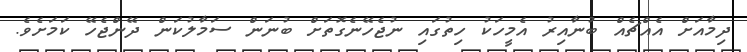
ދިމާއަށް އެއްޗެއް ބުނާއިރު އެމީހަކު ހިތުގައި ނުޖެހޭނެގޮތަށް ބުނަން ސަމާލުކަން ދޭންޖެހޭ ކަމަށެވެ.